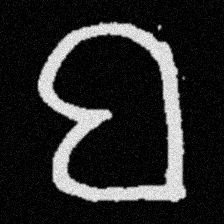
Pyu character \u2014 Myanmar letter: ဗ (romanized: ba)